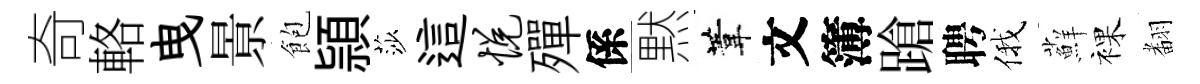
奇輅曳㬌飽頴莎這悦殫係黙葦文簿蹌聘俄蘚裸𮋒